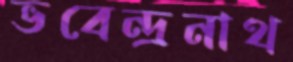
ভবেন্দ্রনাথ